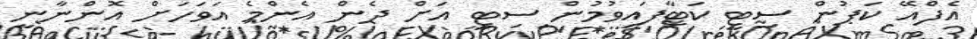
އެފްއޭ ކަޕުން ސިޓީ ކަޓާފައިވުމުން ސިޓީ އަށް ދެން އެންމެ އަވަހަށް އޮންނާނީ